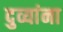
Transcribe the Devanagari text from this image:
दुव्यांना